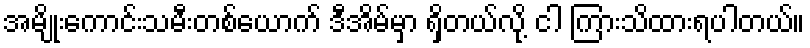
အမျိုးကောင်းသမီးတစ်ယောက် ဒီအိမ်မှာ ရှိတယ်လို့ ငါ ကြားသိထားရပါတယ်။